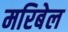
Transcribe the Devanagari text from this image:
मरिबेल